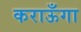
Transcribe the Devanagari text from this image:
कराऊँगा